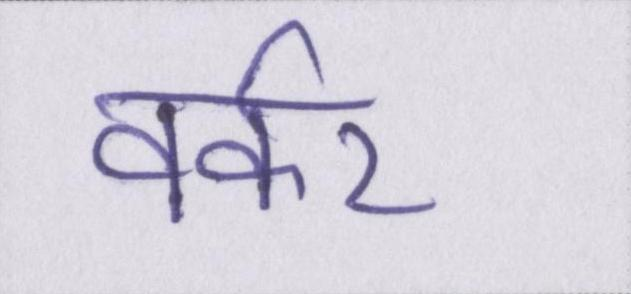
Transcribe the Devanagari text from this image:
वर्कर